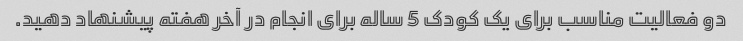
دو فعالیت مناسب برای یک کودک 5 ساله برای انجام در آخر هفته پیشنهاد دهید.